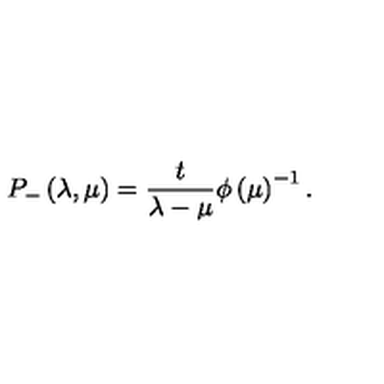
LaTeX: P _ { - } \left( \lambda , \mu \right) = \frac t { \lambda - \mu } \phi \left( \mu \right) ^ { - 1 } .